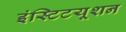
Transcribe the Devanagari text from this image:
इंस्टिटयूशन